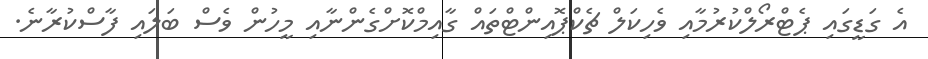
އެ ގަޑީގައި ޕެޓްރޯލްކުރުމާއި ވެހިކަލް ޗެކްޕޮއިންޓްތައް ގާއިމްކޮށްގެންނާއި މީހުން ވެސް ބަލައި ފާސްކުރާނެ.